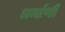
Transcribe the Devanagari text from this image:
धर्माणी